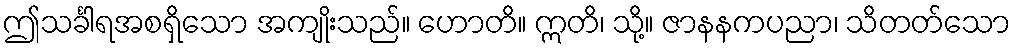
ဤသင်္ခါရအစရှိသော အကျိုးသည်။ ဟောတိ။ ဣတိ၊ သို့။ ဇာနနကပညာ၊ သိတတ်သော